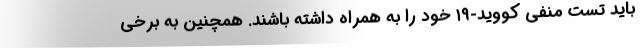
باید تست منفی کووید-۱۹ خود را به همراه داشته باشند. همچنین به برخی